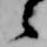
々